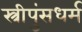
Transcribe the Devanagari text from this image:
स्त्रीपुंसधर्म